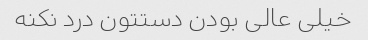
خیلی عالی بودن دستتون درد نکنه